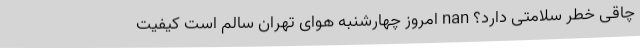
چاقی خطر سلامتی دارد؟ nan امروز چهارشنبه هوای تهران سالم است کیفیت